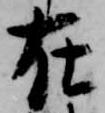
在